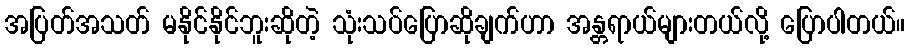
အပြတ်အသတ် မနိုင်နိုင်ဘူးဆိုတဲ့ သုံးသပ်ပြောဆိုချက်ဟာ အန္တရာယ်များတယ်လို့ ပြောပါတယ်။